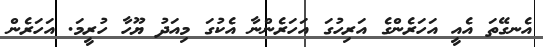
އެނގޭތަ އެއީ އަހަރެންގެ އަރިހުގަ އަހަރެންނާ އެކުގަ މިއަދު ޔޫހާ ހުރީމަ. އަހަރެން